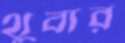
থুবার